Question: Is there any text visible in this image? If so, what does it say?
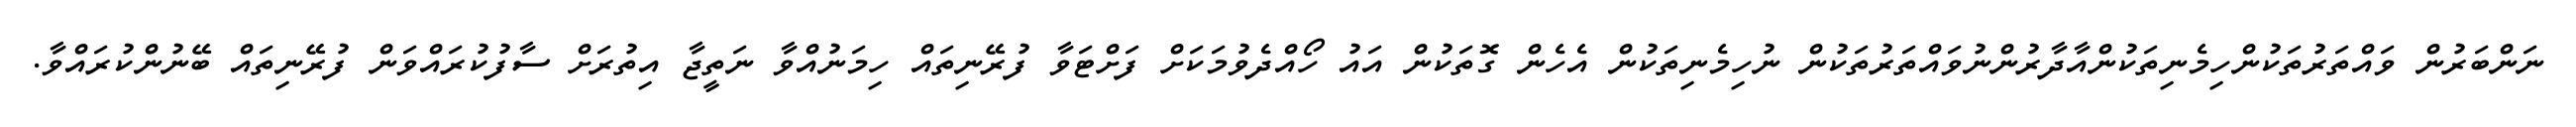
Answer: ނަންބަރުން ވައްތަރުތަކުންހިމެނިތަކުންއާދާރުންނުވައްތަރުތަކުން ނުހިމެނިތަކުން އެހެން ގޮތަކުން އައު ހޯއްދެވުމަކަށް ފަށްޓަވާ ފުރޭނިތައް ހިމަނުއްވާ ނަތީޖާ އިތުރަށް ސާފުކުރައްވަން ފުރޭނިތައް ބޭނުންކުރައްވާ.